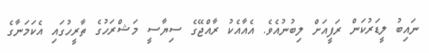
ނައިބު ލީޑަރުކަން ރަފީއަށް ލިބުނުއެވެ. އެއާއެކު ރާއްޖޭގެ ސިޔާސީ މަޝްރަހުގެ ތާރީހުގައި އެކަމަނާގެ